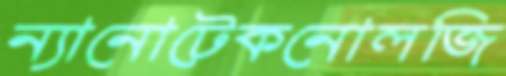
ন্যানোটেকনোলজি